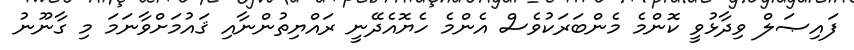
ފައިޞަލް ވިދާޅުވީ ކޮންމެ މެންބަރަކުވެސް އެންމެ ހެޔޮއެދޭނީ ރައްޔިތުންނާއި ޤައުމަށްވާނަމަ މި ގާނޫނު